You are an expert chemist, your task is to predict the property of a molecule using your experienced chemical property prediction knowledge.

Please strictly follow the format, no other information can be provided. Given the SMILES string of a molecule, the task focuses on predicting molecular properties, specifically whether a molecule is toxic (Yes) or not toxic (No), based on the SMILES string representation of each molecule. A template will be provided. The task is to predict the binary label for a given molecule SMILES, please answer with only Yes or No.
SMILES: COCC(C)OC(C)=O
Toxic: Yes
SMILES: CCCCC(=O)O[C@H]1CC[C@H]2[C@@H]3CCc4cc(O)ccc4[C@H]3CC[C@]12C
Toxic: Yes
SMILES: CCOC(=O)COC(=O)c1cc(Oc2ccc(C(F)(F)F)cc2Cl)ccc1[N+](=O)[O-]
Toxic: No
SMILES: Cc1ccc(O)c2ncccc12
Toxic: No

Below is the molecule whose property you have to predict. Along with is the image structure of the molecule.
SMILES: CCC(C)CO
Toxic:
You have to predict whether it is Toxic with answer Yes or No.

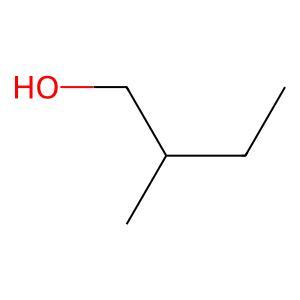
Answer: No